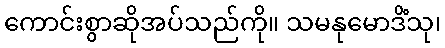
ကောင်းစွာဆိုအပ်သည်ကို။ သမနုမောဒိံသု၊